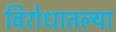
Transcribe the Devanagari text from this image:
विरोधातल्या